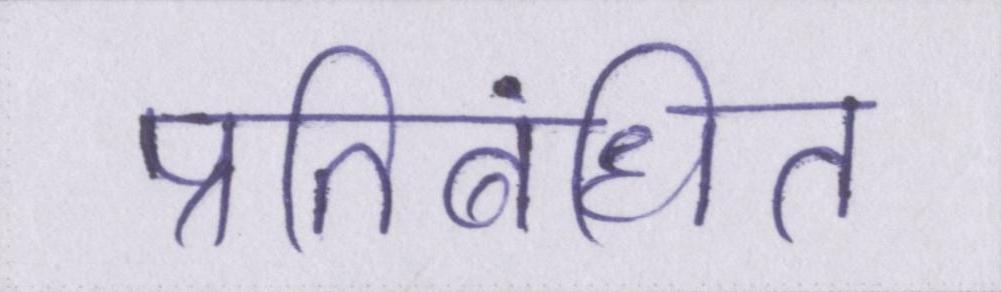
प्रतिबंधित